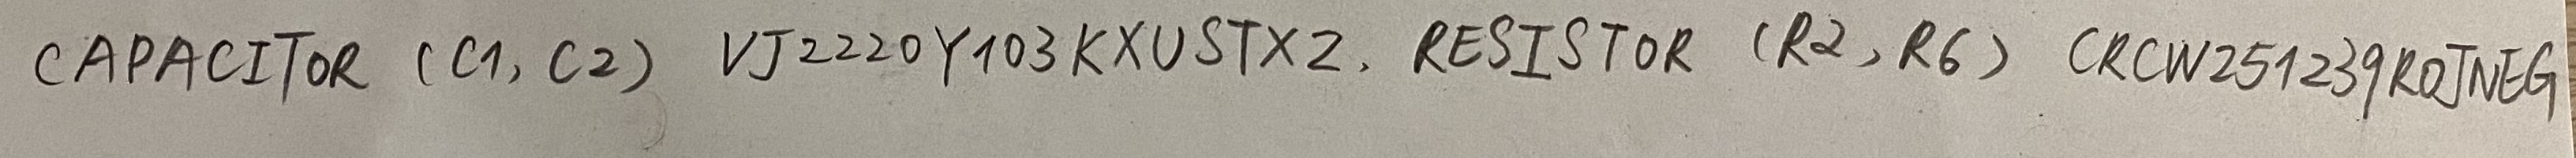
Text: CAPACITOR (C1, C2)  VJ2220Y103KXUSTX2 RESISTOR (R2, R6) CRCW251239ROJNEG